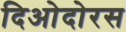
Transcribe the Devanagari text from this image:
दिओदोरस